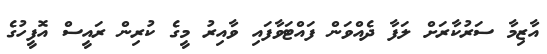
އާޒިމާ ސަރުކާރަށް ލަފާ ދެއްވަން ފައްޓަވާފައި ވާއިރު މީގެ ކުރިން ރައީސް އޮފީހުގެ